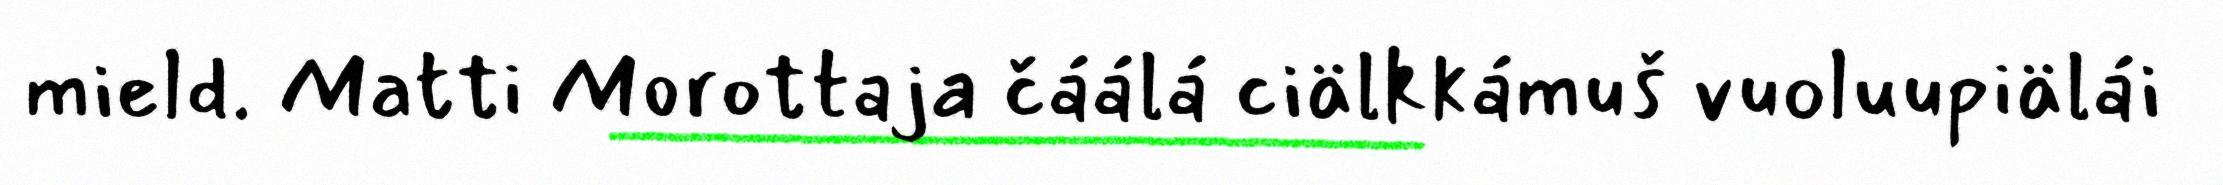
mield. Matti Morottaja čáálá ciälkkámuš vuoluupiälái